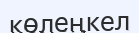
көлеңкел